Insane asylums in Bengal annual reports 1876-1887 - 1876-1887
Year: 1876
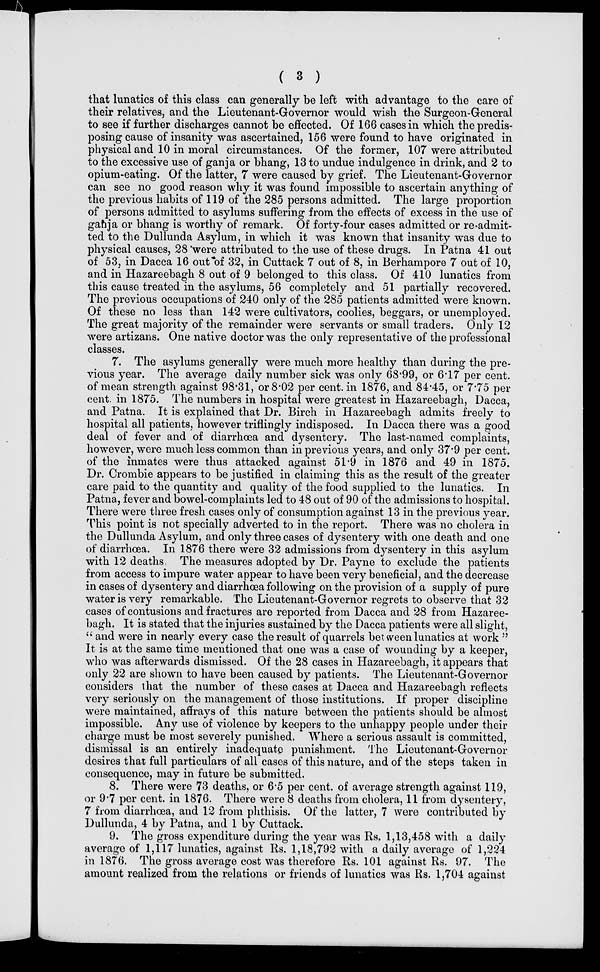
( 3 )
that lunatics of this class can generally be left with advantage to the care of
their relatives, and the Lieutenant-Governor would wish the Surgeon-General
to see if further discharges cannot be effected. Of 166 cases in which the predis-
posing cause of insanity was ascertained, 156 were found to have originated in
physical and 10 in moral circumstances. Of the former, 107 were attributed
to the excessive use of ganja or bhang, 13 to undue indulgence in drink, and 2 to
opium-eating. Of the latter, 7 were caused by grief. The Lieutenant-Governor
can see no good reason why it was found impossible to ascertain anything of
the previous habits of 119 of the 285 persons admitted. The large proportion
of persons admitted to asylums suffering from the effects of excess in the use of
ganja or bhang is worthy of remark. Of forty-four cases admitted or re-admit-
ted to the Dullunda Asylum, in which it was known that insanity was due to
physical causes, 28 were attributed to the use of these drugs. In Patna 41 out
of 53, in Dacca 16 out of 32, in Cuttack 7 out of 8, in Berhampore 7 out of 10,
and in Hazareebagh 8 out of 9 belonged to this class. Of 410 lunatics from
this cause treated in the asylums, 56 completely and 51 partially recovered.
The previous occupations of 240 only of the 285 patients admitted were known.
Of these no less than 142 were cultivators, coolies, beggars, or unemployed.
The great majority of the remainder were servants or small traders. Only 12
were artizans. One native doctor was the only representative of the professional
classes.
7. The asylums generally were much more healthy than during the pre-
vious year. The average daily number sick was only 68.99, or 6.17 per cent.
of mean strength against 98.31, or 8.02 per cent. in 1876, and 84.45, or 7.75 per
cent. in 1875. The numbers in hospital were greatest in Hazareebagh, Dacca,
and Patna. It is explained that Dr. Birch in Hazareebagh admits freely to
hospital all patients, however triflingly indisposed. In Dacca there was a good
deal of fever and of diarrhœa and dysentery. The last-named complaints,
however, were much less common than in previous years, and only 37.9 per cent.
of the inmates were thus attacked against 51.9 in 1876 and 49 in 1875.
Dr. Crombie appears to be justified in claiming this as the result of the greater
care paid to the quantity and quality of the food supplied to the lunatics. In
Patna, fever and bowel-complaints led to 48 out of 90 of the admissions to hospital.
There were three fresh cases only of consumption against 13 in the previous year.
This point is not specially adverted to in the report. There was no cholera in
the Dullunda Asylum, and only three cases of dysentery with one death and one
of diarrhœa. In 1876 there were 32 admissions from dysentery in this asylum
with 12 deaths. The measures adopted by Dr. Payne to exclude the patients
from access to impure water appear to have been very beneficial, and the decrease
in cases of dysentery and diarrhœa following on the provision of a supply of pure
water is very remarkable. The Lieutenant-Governor regrets to observe that 32
cases of contusions and fractures are reported from Dacca and 28 from Hazaree-
bagh. It is stated that the injuries sustained by the Dacca patients were all slight,
" and were in nearly every case the result of quarrels between lunatics at work "
It is at the same time mentioned that one was a case of wounding by a keeper,
who was afterwards dismissed. Of the 28 cases in Hazareebagh, it appears that
only 22 are shown to have been caused by patients. The Lieutenant-Governor
considers that the number of these cases at Dacca and Hazareebagh reflects
very seriously on the management of those institutions. If proper discipline
were maintained, affrays of this nature between the patients should be almost
impossible. Any use of violence by keepers to the unhappy people under their
charge must be most severely punished. Where a serious assault is committed,
dismissal is an entirely inadequate punishment. The Lieutenant-Governor
desires that full particulars of all cases of this nature, and of the steps taken in
consequence, may in future be submitted.
8. There were 73 deaths, or 6.5 per cent. of average strength against 119,
or 9.7 per cent. in 1876. There were 8 deaths from cholera, 11 from dysentery,
7 from diarrhœa, and 12 from phthisis. Of the latter, 7 were contributed by
Dullunda, 4 by Patna, and 1 by Cuttack.
9. The gross expenditure during the year was Rs. 1,13,458 with a daily
average of 1,117 lunatics, against Rs. 1,18,792 with a daily average of 1,224
in 1876. The gross average cost was therefore Rs. 101 against Rs. 97. The
amount realized from the relations or friends of lunatics was Rs. 1,704 against